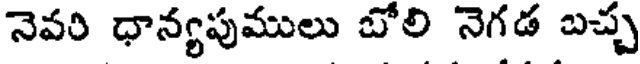
నెవరి ధాన్యపుములు బోలి నెగడ బచ్చ